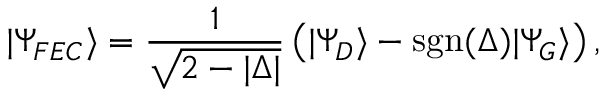
| \Psi _ { F E C } \rangle = \frac { 1 } { \sqrt { 2 - | \Delta | } } \left( | \Psi _ { D } \rangle - \mathrm { s g n } ( \Delta ) | \Psi _ { G } \rangle \right) ,